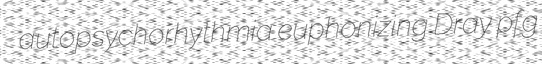
autopsychorhythmia euphonizing Dray pfg